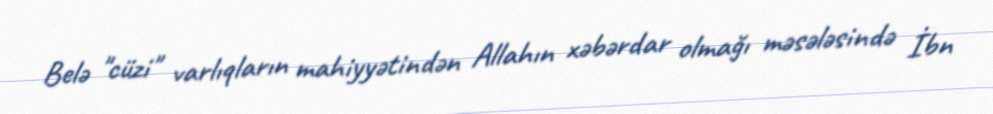
Belə "cüzi" varlıqların mahiyyətindən Allahın xəbərdar olmağı məsələsində İbn